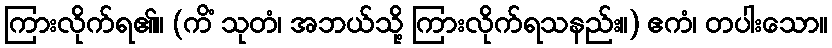
ကြားလိုက်ရ၏။ (ကိံ သုတံ၊ အဘယ်သို့ ကြားလိုက်ရသနည်း။) ဧကံ၊ တပါးသော။